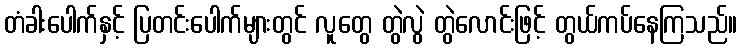
တံခါးပေါက်နှင့် ပြတင်းပေါက်များတွင် လူတွေ တွဲလွဲ တွဲလောင်းဖြင့် တွယ်ကပ်နေကြသည်။